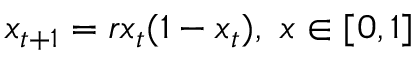
x _ { t + 1 } = r x _ { t } ( 1 - x _ { t } ) , \ x \in [ 0 , 1 ]